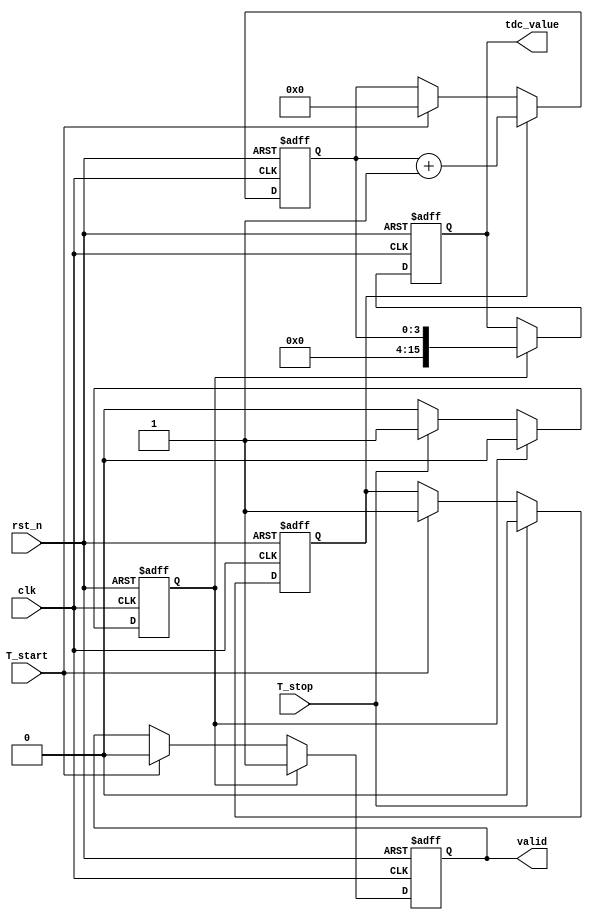
module tdc_vernier_delay_lines (
    input wire clk,             // System clock
    input wire rst_n,           // Active low reset
    input wire T_start,         // Start signal
    input wire T_stop,          // Stop signal
    output reg [15:0] tdc_value, // Digital output of time interval measurement
    output reg valid            // Indicates valid measurement
);

    // Parameters for delay lines
    parameter DELAY_COUNT = 16;         // Number of delay elements
    reg [DELAY_COUNT-1:0] ref_delays;   // Reference delay line
    reg [DELAY_COUNT-1:0] meas_delays;  // Measuring delay line

    // Internal signals
    reg [3:0] counter;                   // Counter for TDC measurement
    reg start_detected, stop_detected;   // Flags for signal detection
    
    // Initialize delay lines (you'd typically specify your delays here)
    initial begin
        ref_delays = 16'b0000000000000001; // Fixed delay (example)
        meas_delays = 16'b0000000000000001; // Varying delays (example)
    end

    // Counter process
    always @(posedge clk or negedge rst_n) begin
        if (!rst_n) begin
            counter <= 0;
            valid <= 0;
            tdc_value <= 0;
            start_detected <= 0;
            stop_detected <= 0;
        end else begin
            if (T_start) begin
                start_detected <= 1;
                counter <= 0;           // Reset counter on start
                valid <= 0;
            end
            
            if (start_detected) begin
                counter <= counter + 1; // Increment counter
            end
            
            if (T_stop) begin
                stop_detected <= 1;
                start_detected <= 0;   // Stop measuring
            end
            
            if (stop_detected) begin
                // Capture the counter value on T_stop
                tdc_value <= counter;  // Example: Simple count value
                valid <= 1;            // Mark valid measurement
                stop_detected <= 0;    // Reset condition after reading
            end
        end
    end
    
    // Comparator logic (for delay line outputs)
    // To keep it simple, assume we have only one comparator logic
    // In practice, you would implement more detailed logic here based on delays
    reg comparator_out;
    
    always @(posedge clk) begin
        comparator_out <= (ref_delays[DELAY_COUNT-1] < meas_delays[DELAY_COUNT-1]); 
        if (comparator_out) begin
            // This means ref_delay was less than measuring_delay 
            // (Implementation can vary based on your delay line structure)
        end
    end

endmodule